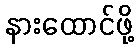
နားထောင်ဖို့